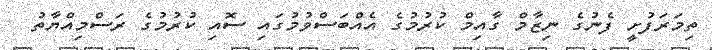
ތިމަރަފުށީ ފެނުގެ ނިޒާމް ގާއިމް ކުރުމުގެ އެއްބަސްވުމުގައި ސޮއި ކުރުމުގެ ރަސްމިއްޔާތު